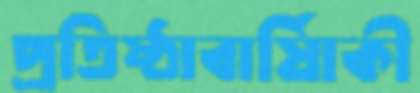
প্রতিষ্ঠাবার্ষিাকী